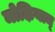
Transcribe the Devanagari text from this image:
मोऴियाम्